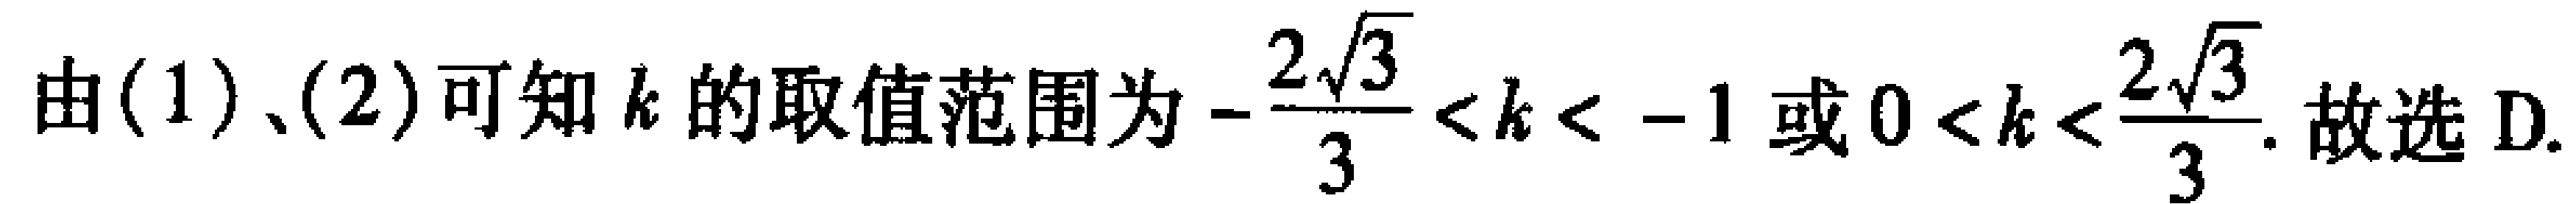
由(1)、(2)可知\(k\)的取值范围为\(-\frac{2\sqrt{3}}{3}<k<-1\)或\(0<k<\frac{2\sqrt{3}}{3}\). 故选D.